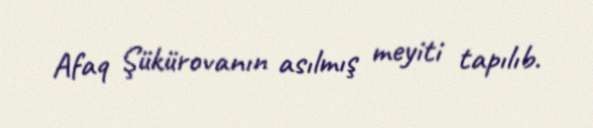
Afaq Şükürovanın asılmış meyiti tapılıb.